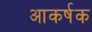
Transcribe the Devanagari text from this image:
आकर्षक